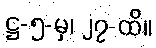
ဋ္ဌ-၅-မှ၊ ၂၇-ထိ။